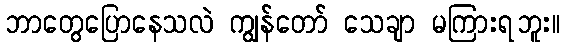
ဘာတွေပြောနေသလဲ ကျွန်တော် သေချာ မကြားရဘူး။